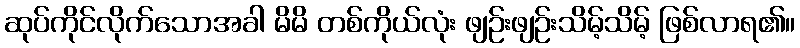
ဆုပ်ကိုင်လိုက်သောအခါ မိမိ တစ်ကိုယ်လုံး ဖျဉ်းဖျဉ်းသိမ့်သိမ့် ဖြစ်လာရ၏။